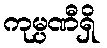
ကုမ္ပဏီရှိ